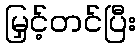
မြှင့်တင်ပြီး